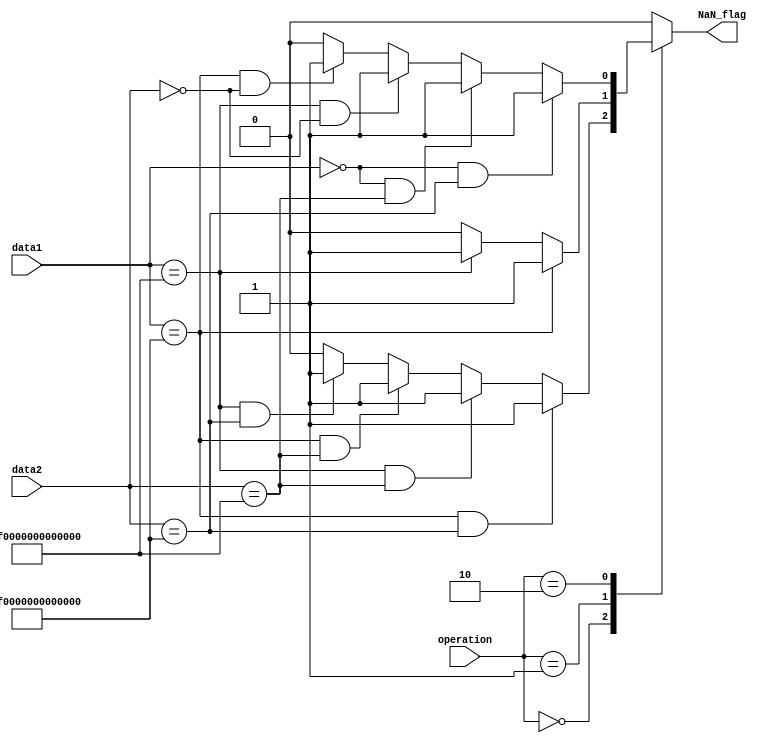
module NaN_mod_64
(
input wire [1:0] operation,
input wire [63:0] data1,
input wire [63:0] data2,
output reg NaN_flag
 ); 
 always @*
 begin
    case(operation)
        2'b00:
        begin
            if((data1 == 64'h7ff0000000000000) && (data2 == 64'h7ff0000000000000))
                NaN_flag = 1'b1;
            else if((data1 == 64'hfff0000000000000) && (data2 == 64'hfff0000000000000))
                NaN_flag = 1'b1;
            else if((data1 == 64'h7ff0000000000000) && (data2 == 64'hfff0000000000000))
				NaN_flag = 1'b1;
            else if((data1 == 64'hfff0000000000000) && (data2 == 64'h7ff0000000000000))
				NaN_flag = 1'b1;
            else
                NaN_flag = 1'b0;            
        end        
        2'b01:
        begin
            if(data1 == 64'h7ff0000000000000)
                NaN_flag = 1'b1;
            else if(data1 == 64'hfff0000000000000)
                NaN_flag = 1'b1;
            else
                NaN_flag = 1'b0;            
        end        
        2'b10:
        begin
			if((data1 == 64'h0000000000000000) && (data2 == 64'h7ff0000000000000))
                NaN_flag = 1'b1;
            else if((data1 == 64'h0000000000000000) && (data2 == 64'hfff0000000000000))
                NaN_flag = 1'b1;
            else if((data1 == 64'hfff0000000000000) && (data2 == 64'h0000000000000000))
				NaN_flag = 1'b1;
            else if((data1 == 64'h7ff0000000000000) && (data2 == 64'h0000000000000000))
				NaN_flag = 1'b1;
            else
                NaN_flag = 1'b0;
        end        
        default:
            NaN_flag = 1'b0;
    endcase
 end
 endmodule